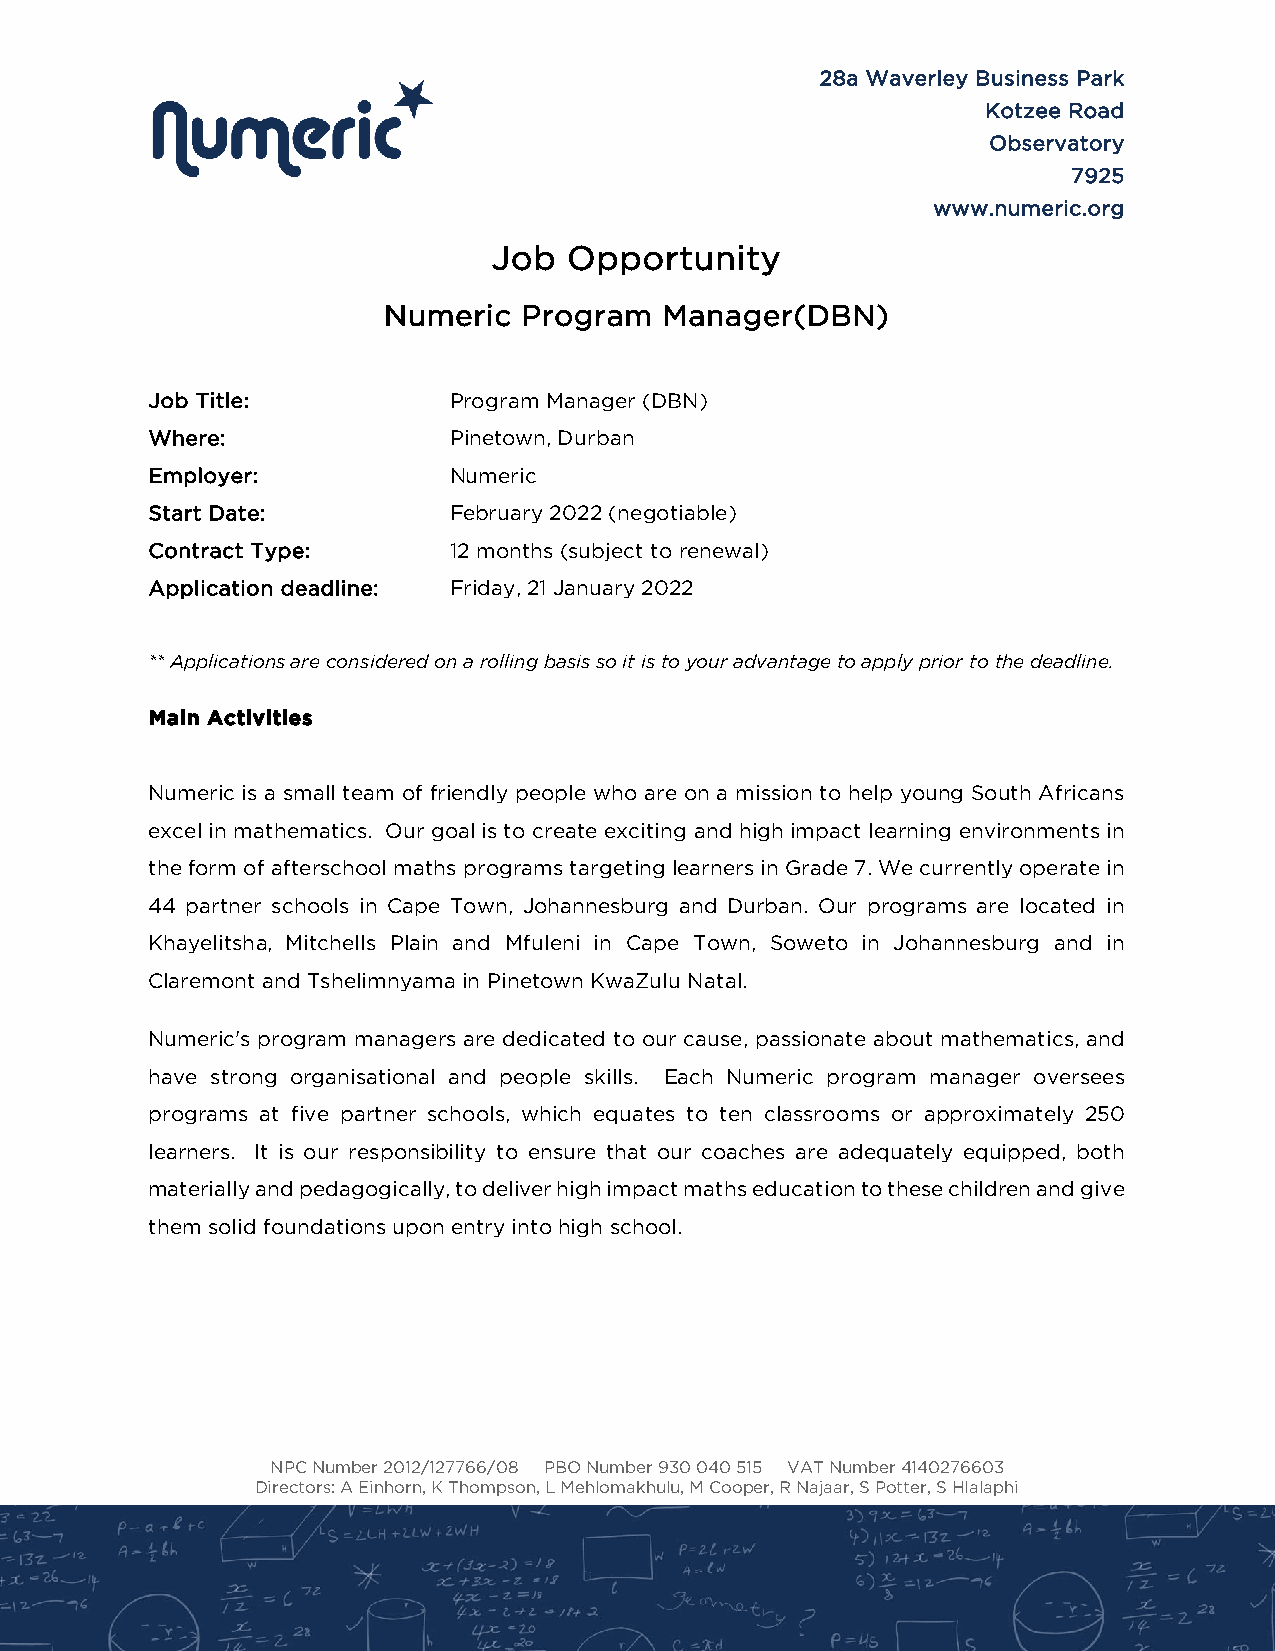
28a Waverley Business Park
 Kotzee Road
 Observatory
 7925
 www.numeric.org
 Job  Opportunity
 Numeric   Program  Manager(DBN)
 Job Title:          Program Manager (DBN)
 Where:              Pinetown, Durban
 Employer:           Numeric
 Start Date:         February 2022 (negotiable)
 Contract Type:      12 months (subject to renewal)
 Application deadline: Friday, 21 January 2022
 ** Applications are considered on a rolling basis so it is to your advantage to apply prior to the deadline.
 Main Activities
 Numeric is a small team of friendly people who are on a mission to help young South Africans
 excel in mathematics. Our goal is to create exciting and high impact learning environments in
 the form of afterschool maths programs targeting learners in Grade 7. We currently operate in
 44 partner schools in Cape Town, Johannesburg and Durban. Our programs are located in
 Khayelitsha, Mitchells Plain and Mfuleni in Cape Town, Soweto in Johannesburg and in
 Claremont and Tshelimnyama in Pinetown KwaZulu Natal.
 Numeric's program managers are dedicated to our cause, passionate about mathematics, and
 have strong organisational and people skills. Each Numeric program manager oversees
 programs at five partner schools, which equates to ten classrooms or approximately 250
 learners. It is our responsibility to ensure that our coaches are adequately equipped, both
 materially and pedagogically, to deliver high impact maths education to these children and give
 them solid foundations upon entry into high school.
 NPC Number 2012/127766/08 PBO Number 930 040 515 VAT Number 4140276603
 Directors: A Einhorn, K Thompson, L Mehlomakhulu, M Cooper, R Najaar, S Potter, S Hlalaphi